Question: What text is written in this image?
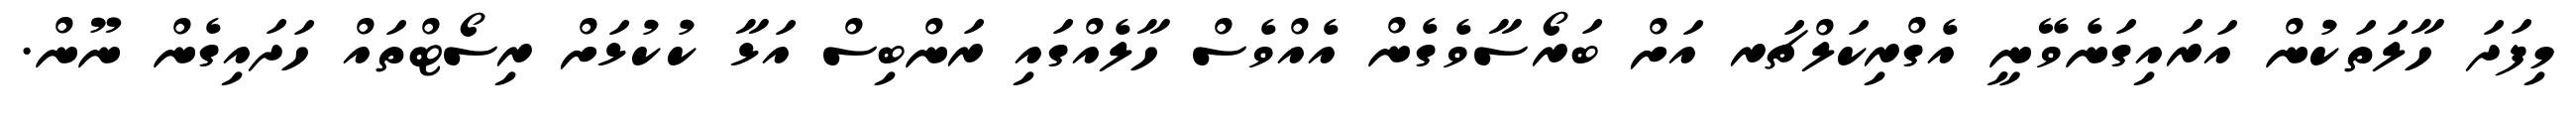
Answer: މިފަދަ ހާލަތަކުން އަރައިގަނެވޭނީ އެގްރިކަލްޗަރ އަށް ބަރޯސާވެގެން އެއްވެސް ހާލެއްގައި ރަންބިސް އަޅާ ކުކުޅަށް ރިސޯޓްތައް ހަދައިގެން ނޫން.